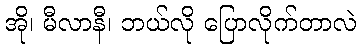
အို၊ မီလာနီ၊ ဘယ်လို ပြောလိုက်တာလဲ